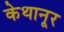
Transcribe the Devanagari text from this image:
केथानूर